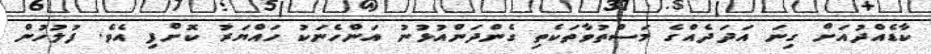
ކާޑެއްދުއަށް ގިނަ އަދަދެއްގެ މަސްތުވާތަކެތި ގެންދަންއުޅުނު އަންހެނަކު ހައްޔަރު ކޮށްފި އެވެ. ފުލުހުން